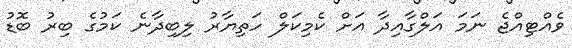
ވެއްޓިއްޖެ ނަމަ އަލްގާއިދާ އަށް ކެމިކަލް ހަތިޔާރު ލިބިދާނެ ކަމުގެ ބިރު ބޮޑު